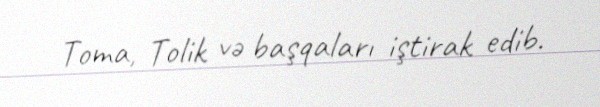
Toma, Tolik və başqaları iştirak edib.